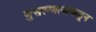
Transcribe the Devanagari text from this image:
मुसलमानांकडून